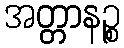
အတ္တာနဉ္စ